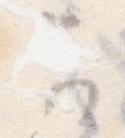
可